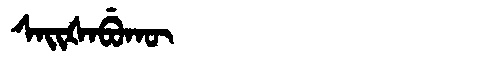
Manchu: ᠰᠠᡳᡧᠠᠪᡠᡴᡡ
Romanization: SAIŠABUKŪ